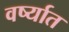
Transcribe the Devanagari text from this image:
वर्ष्यात